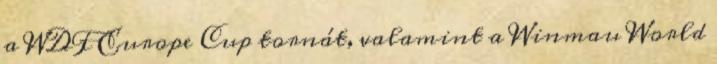
a WDF Europe Cup tornát, valamint a Winmau World